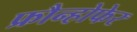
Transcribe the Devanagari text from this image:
फ्रौन्होफेर